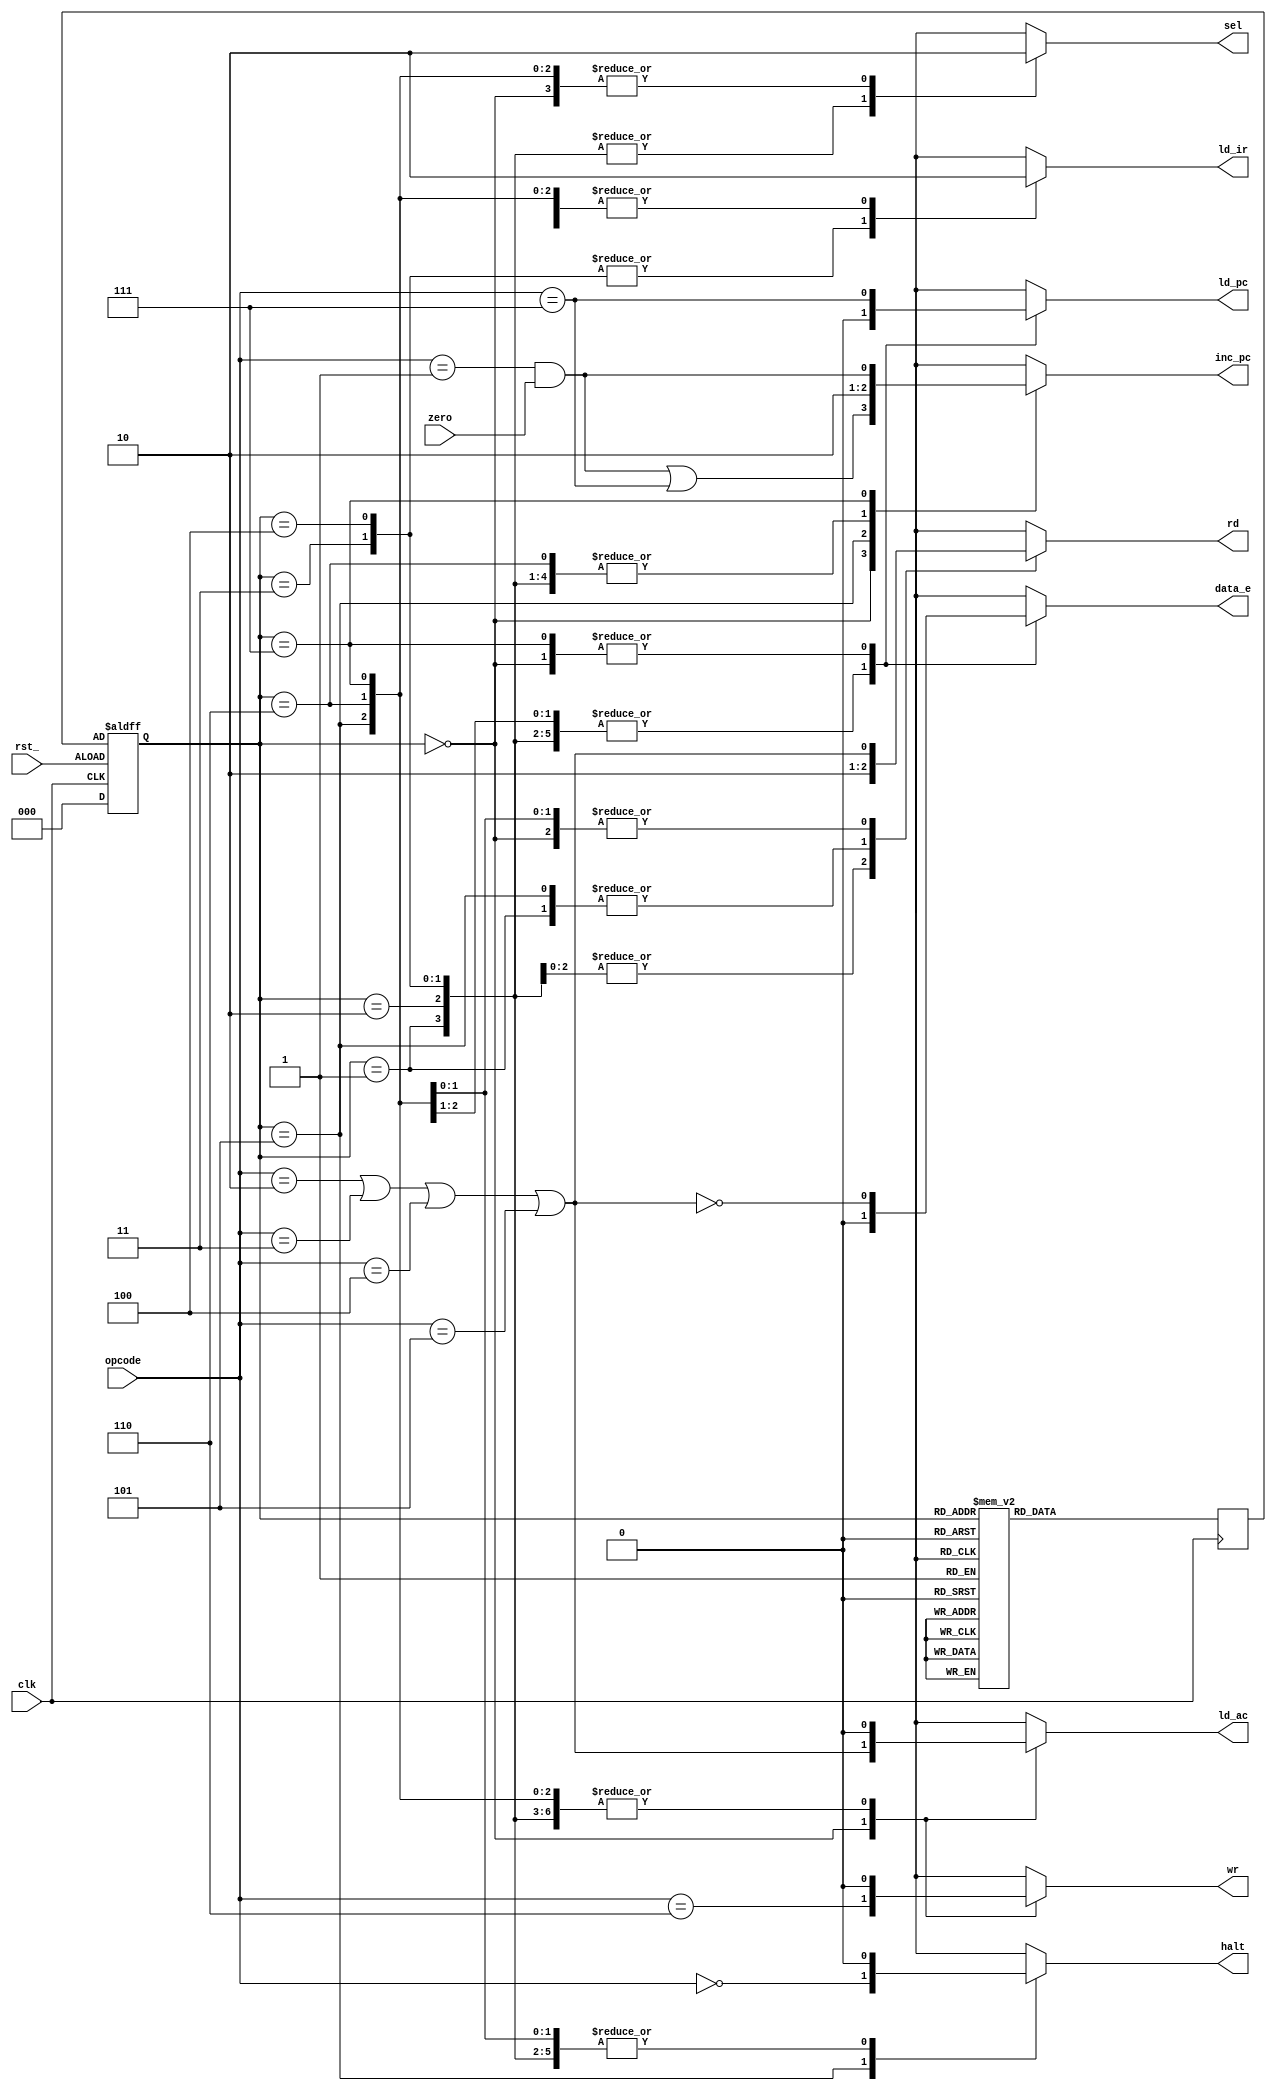
// controller 

`timescale 1ns/1ns
`define HLT 3'b000
`define SKZ 3'b001
`define ADD 3'b010
`define AND 3'b011
`define XOR 3'b100
`define LDA 3'b101
`define STO 3'b110
`define JMP 3'b111

module control
(
rd,
wr,
ld_ir,
ld_ac,
ld_pc,
inc_pc,
halt,
data_e,
sel,
opcode,
zero,
clk,
rst_
);

output rd;
output wr;
output ld_ir;
output ld_ac;
output ld_pc;
output inc_pc;
output halt;
output data_e;
output sel;
input [2:0] opcode;
input zero;
input clk;
input rst_;

reg rd;
reg wr;
reg ld_ir;
reg ld_ac;
reg ld_pc;
reg inc_pc;
reg halt;
reg data_e;
reg sel;
reg [2:0] nextstate;
reg [2:0] state;

//
always @(posedge clk or negedge rst_)
	if(rst_)
	state<=3'b000;
	else
	state<=nextstate;
	
//
always @ (negedge clk)		//
begin
case(state)
3'b000 : nextstate <= 3'b001;
3'b001 : nextstate <= 3'b011 ;
3'b011 : nextstate <= 3'b010 ;
3'b010 : nextstate <= 3'b110 ;
3'b110 : nextstate <= 3'b111 ;
3'b111 : nextstate <= 3'b101 ;
3'b101 : nextstate <= 3'b100 ;
3'b100 : nextstate <= 3'b000 ;
endcase
end


always @(opcode or state or zero)
	begin:blk
	reg alu_op;
	alu_op = opcode==`ADD||opcode==`AND||opcode==`XOR||opcode==`LDA;
	
	case(state)
	3'b000: //0
		begin
		sel<=0;
		rd<=alu_op;
		ld_ir<=0;
		inc_pc<=(opcode==`SKZ)&zero|(opcode==`JMP);
		halt<=0;
		ld_pc<=opcode==`JMP;
		data_e<=!alu_op;
		ld_ac<=alu_op;
		wr<=opcode==`STO;
		end
	3'b001: //1
		begin
		{sel,rd,ld_ir,inc_pc,halt,ld_pc,data_e,ld_ac,wr}<=9'b1_0_0_0_0_0_0_0_0;
		end
	3'b010: //2
		begin
		{sel,rd,ld_ir,inc_pc,halt,ld_pc,data_e,ld_ac,wr}<=9'b1_1_0_0_0_0_0_0_0;
		end
	3'b011: //3
		begin
		{sel,rd,ld_ir,inc_pc,halt,ld_pc,data_e,ld_ac,wr}<=9'b1_1_1_0_0_0_0_0_0;
		end
	3'b100: //4
		begin
		{sel,rd,ld_ir,inc_pc,halt,ld_pc,data_e,ld_ac,wr}<=9'b1_1_1_0_0_0_0_0_0;
		end
	3'b101: //5
		begin
		{sel,rd,ld_ir,inc_pc,ld_pc,data_e,ld_ac,wr}<=8'b0_0_0_1_0_0_0_0;
		halt<=opcode==`HLT;
		end
	3'b110: //6
		begin
		{sel,ld_ir,inc_pc,halt,ld_pc,data_e,ld_ac,wr}<=8'b0_0_0_0_0_0_0_0;
		rd<=alu_op;
		end
	3'b111: //7
		begin
		sel<=0;
		rd<=alu_op;
		ld_ir<=0;
		inc_pc<=(opcode==`SKZ)&zero;
		halt<=0;
		ld_pc<=opcode==`JMP;
		data_e<=!alu_op;
		ld_ac<=0;
		wr<=0;
		end
	endcase
end
endmodule